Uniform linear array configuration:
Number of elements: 4
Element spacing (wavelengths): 0.75
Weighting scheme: hamming
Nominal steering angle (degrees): -30
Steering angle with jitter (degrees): -28.448
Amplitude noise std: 0.05
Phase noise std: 0.05

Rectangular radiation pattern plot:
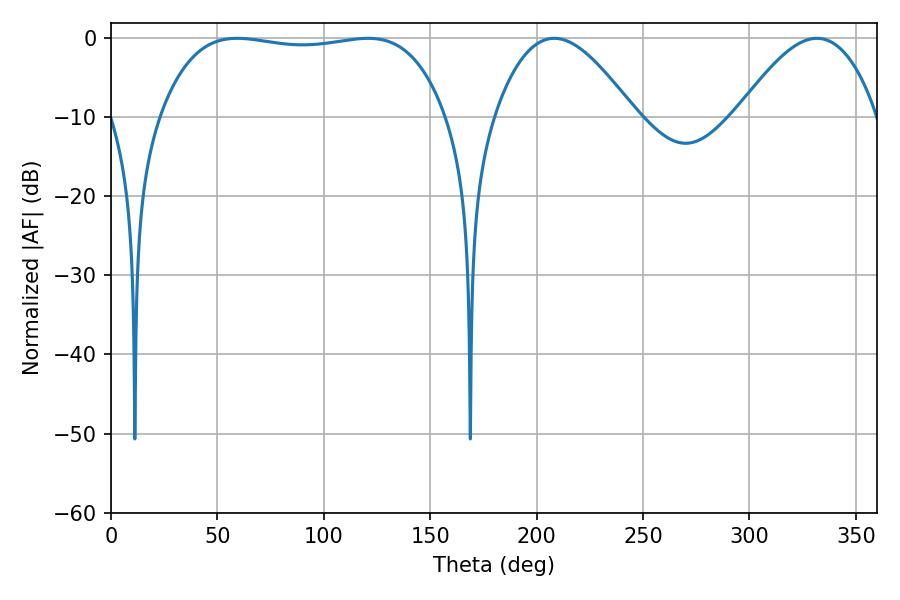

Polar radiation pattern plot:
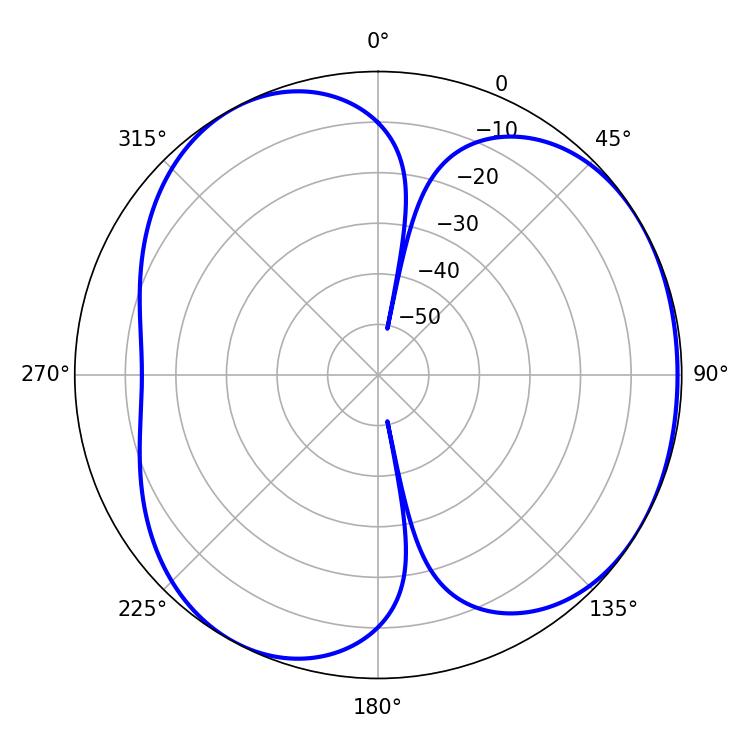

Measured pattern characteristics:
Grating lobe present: TRUE
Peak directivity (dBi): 4.084
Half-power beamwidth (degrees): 35.64
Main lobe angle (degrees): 208.26